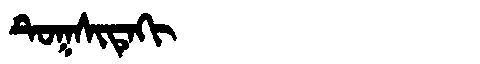
Manchu: ᡨᡠᡴᠰᡳᡨᡝᡴᡳ
Romanization: TUKSITEKI